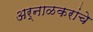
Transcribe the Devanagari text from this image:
अर्नाळकरांचे